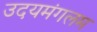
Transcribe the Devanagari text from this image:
उदयमंगलम